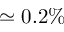
\simeq 0 . 2 \%